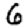
Digit: 6